Medical and sanitary report of the native army of Bengal for the year
Year: 1875
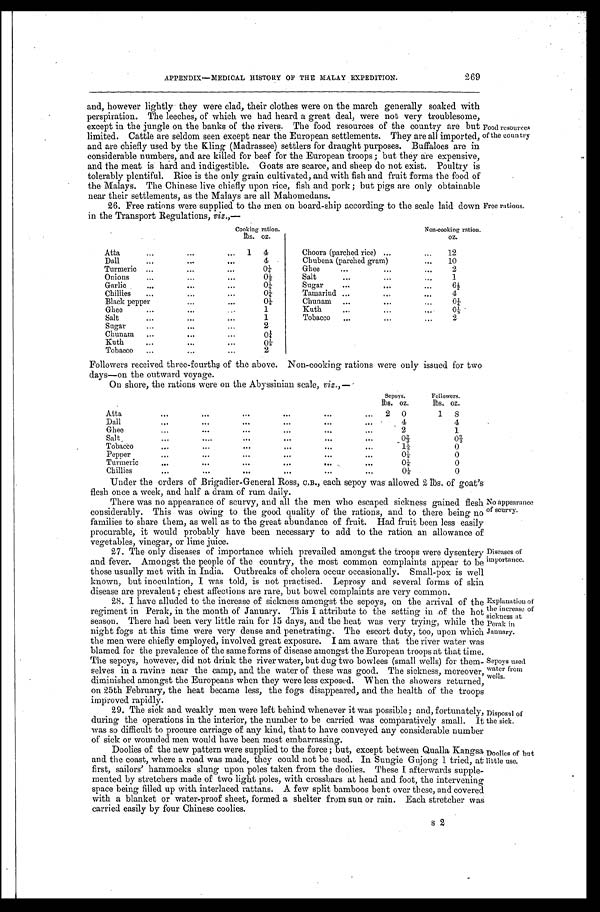
Diseases of
importance.
Explanation of
the increase of
sickness at
Perak in
January.
Sepoys used
water from
wells.
APPENDIX—MEDICAL HISTORY OF THE MALAY EXPEDITION.
269
and, however lightly they were clad, their clothes were on the march generally soaked with
perspiration. The leeches, of which we had heard a great deal, were not very troublesome,
except in the jungle on the banks of the rivers. The food resources of the country are but
limited. Cattle are seldom seen except near the European settlements. They are all imported,
and are chiefly used by the Kling (Madrassee) settlers for draught purposes. Buffaloes are in
considerable numbers, and are killed for beef for the European troops; but they are expensive,
and the meat is hard and indigestible. Goats are scarce, and sheep do not exist. Poultry is
tolerably plentiful. Rice is the only grain cultivated, and with fish and fruit forms the food of
the Malays. The Chinese live chiefly upon rice, fish and pork; but pigs are only obtainable
near their settlements, as the Malays are all Mahomedans.
26. Free rations were supplied to the men on board-ship according to the scale laid down
in the Transport Regulations, viz.,—
Food resources
of the country
Free rations.
Cooking ration.
N o n - c o o k i n g r a t i o n .
lbs. oz.
oz.
Atta
1 4
Choora (parched rice)
12
Dall
4
Chubena (parched gram)
10
Turmeric
0¼
Ghee
2
O n i o n s
0½
Salt
1
Garlic
0¼
Sugar
6 ½
Chillies
0¼
Tamarind
4
Black pepper
0 1 / 8
Chunam
0 ¼
Ghee
1
Kuth
0 1 / 8
Salt
1
Tobacco
2
Sugar
2
Chunam
0¼
Kuth
0 1 / 8
Tobacco
2
Followers received three-fourths of the above. Non-cooking rations were only issued for two
days—on the outward voyage.
On shore, the rations were on the Abyssinian scale, viz., —
Sepoys.
Followers.
lbs. oz.
lbs. oz.
A t t a
2 0
1 8
Dall
4
4
Ghee
2
1
Salt
0 2 / 3
0 2 / 3
Tobacco
1½
0
Pepper
0 1 / 8
0
Turmeric
0 1 / 8
0
Chillies
0 1 / 8
0
Under the orders of Brigadier-General Ross, C.B., each sepoy was allowed 2 lbs. of goat's
flesh once a week, and half a dram of rum daily.
There was no appearance of scurvy, and all the men who escaped sickness gained flesh
considerably. This was owing to the good quality of the rations, and to there being no
families to share them, as well as to the great abundance of fruit. Had fruit been less easily
procurable, it would probably have been necessary to add to the ration an allowance of
vegetables, vinegar, or lime juice.
27. The only diseases of importance which prevailed amongst the troops were dysentery
and fever. Amongst the people of the country, the most common complaints appear to be
those usually met with in India. Outbreaks of cholera occur occasionally. Small-pox is well
known, but inoculation, I was told, is not practised. Leprosy and several forms of skin
disease are prevalent; chest affections are rare, but bowel complaints are very common.
28. I have alluded to the increase of sickness amongst the sepoys, on the arrival of the
regiment in Perak, in the month of January. This I attribute to the setting in of the hot
season. There had been very little rain for 15 days, and the heat was very trying, while the
night fogs at this time were very dense and penetrating. The escort duty, too, upon which
the men were chiefly employed, involved great exposure. I am aware that the river water was
blamed for the prevalence of the same forms of disease amongst the European troops at that time.
The sepoys, however, did not drink the river water, but dug two bowlees (small wells) for them
-selves in a ravine near the camp, and the water of these was good. The sickness, moreover,
diminished amongst the Europeans when they were less exposed. When the showers returned,
on 25th February, the heat became less, the fogs disappeared, and the health of the troops
improved rapidly.
29. The sick and weakly men were left behind whenever it was possible; and, fortunately,
during the operations in the interior, the number to be carried was comparatively small. It
was so difficult to procure carriage of any kind, that to have conveyed any considerable number
of sick or wounded men would have been most embarrassing.
Doolies of the new pattern were supplied to the force; but, except between Qualla Kangsa
and the coast, where a road was made, they could not be used. In Sungie Gujong 1 tried, at
first, sailors' hammocks slung upon poles taken from the doolies. These I afterwards supple
-mented by stretchers made of two light poles, with crossbars at head and foot, the intervening
space being filled up with interlaced rattans. A few split bamboos bent over these, and covered
with a blanket or water-proof sheet, formed a shelter from sun or rain. Each stretcher was
carried easily by four Chinese coolies.
s2
No appearance
of scurvy.
Disposal of
the sick.
Doolies of hut
little use.